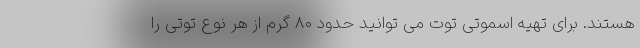
هستند. برای تهیه اسموتی توت می توانید حدود 80 گرم از هر نوع توتی را